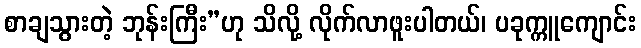
စာချသွားတဲ့ ဘုန်းကြီး”ဟု သိလို့ လိုက်လာဖူးပါတယ်၊ ပခုက္ကူကျောင်း